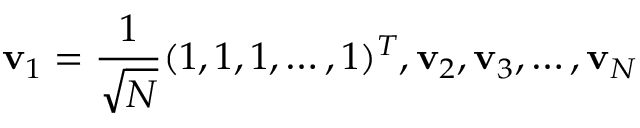
\mathbf { v } _ { 1 } = \frac { 1 } { \sqrt { N } } ( 1 , 1 , 1 , \ldots , 1 ) ^ { T } , \mathbf { v } _ { 2 } , \mathbf { v } _ { 3 } , \ldots , \mathbf { v } _ { N }